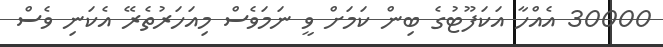
30000 އެއްހާ އަކަފޫޓުގެ ބިން ކަމަށް ވީ ނަމަވެސް މިއަހަރުތެރޭ އެކަނި ވެސް